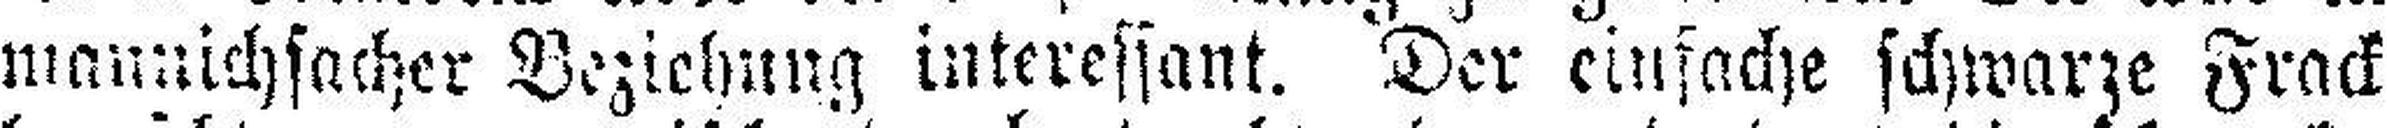
mannichsacher Beziehung interessant. Der einfache schwarze Frack